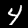
Label: 4